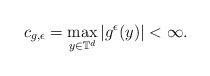
LaTeX: \begin{align*} c_{g, \epsilon} = \max_{y \in \mathbb{T}^{d}} \left| g^{\epsilon}(y) \right| < \infty.\end{align*}